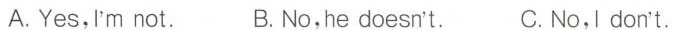
A.Yes,I'm not. B. No,he doesn't. C.No,I don't.